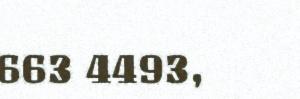
663 4493,